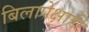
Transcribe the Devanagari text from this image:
बिलापेक्षाही